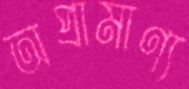
অপ্রামাণ্য